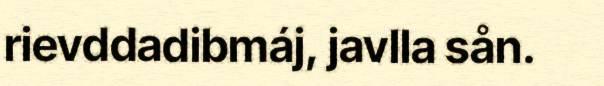
rievddadibmáj, javlla sån.